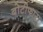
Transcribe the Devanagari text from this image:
बोटीफारा